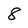
Character: 8